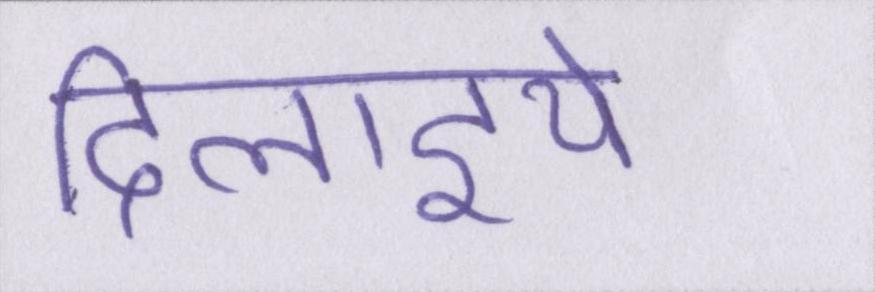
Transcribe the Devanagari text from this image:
दिलाइये